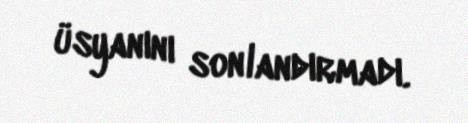
üsyanını sonlandırmadı.